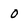
Character: o